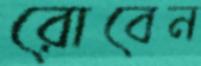
রোবেন